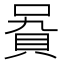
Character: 𧵞